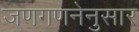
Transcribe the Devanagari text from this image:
जणगणनेनुसार